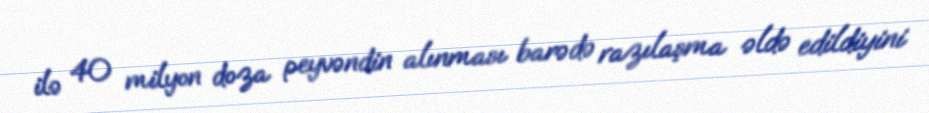
ilə 40 milyon doza peyvəndin alınması barədə razılaşma əldə edildiyini